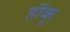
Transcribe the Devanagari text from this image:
हॉकू